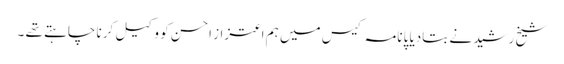
شیخ رشید نے بتادیا پانامہ کیس میں ہم اعتزاز احسن کو وکیل کرنا چاہتے تھے ۔